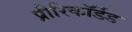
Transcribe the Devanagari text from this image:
प्रीरिकॉर्डेड